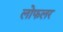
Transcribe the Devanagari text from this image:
लोफलर